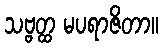
သဗ္ဗတ္ထ မပရာဇိတာ။